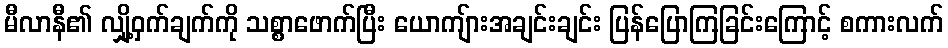
မီလာနီ၏ လျှို့ဝှက်ချက်ကို သစ္စာဖောက်ပြီး ယောကျ်ားအချင်းချင်း ပြန်ပြောကြခြင်းကြောင့် စကားလက်